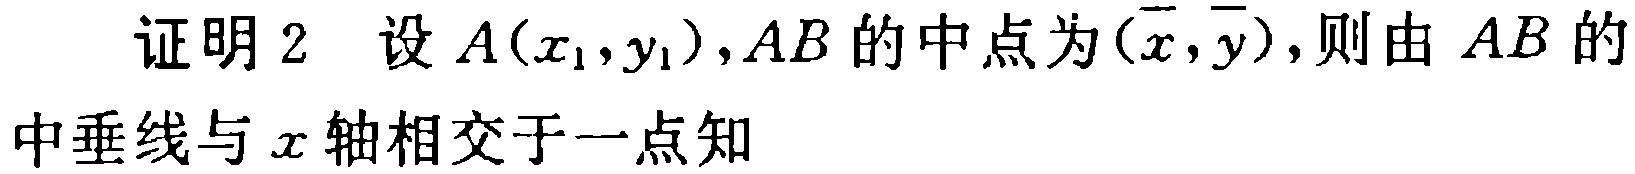
证明2 设\(A(x_1,y_1)\), \(AB\)的中点为\((\overline{x},\overline{y})\), 则由\(AB\)的中垂线与\(x\)轴相交于一点知